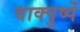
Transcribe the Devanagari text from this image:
वाक्पुष्पें